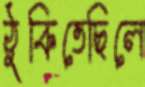
ঠুকিতেছিলে